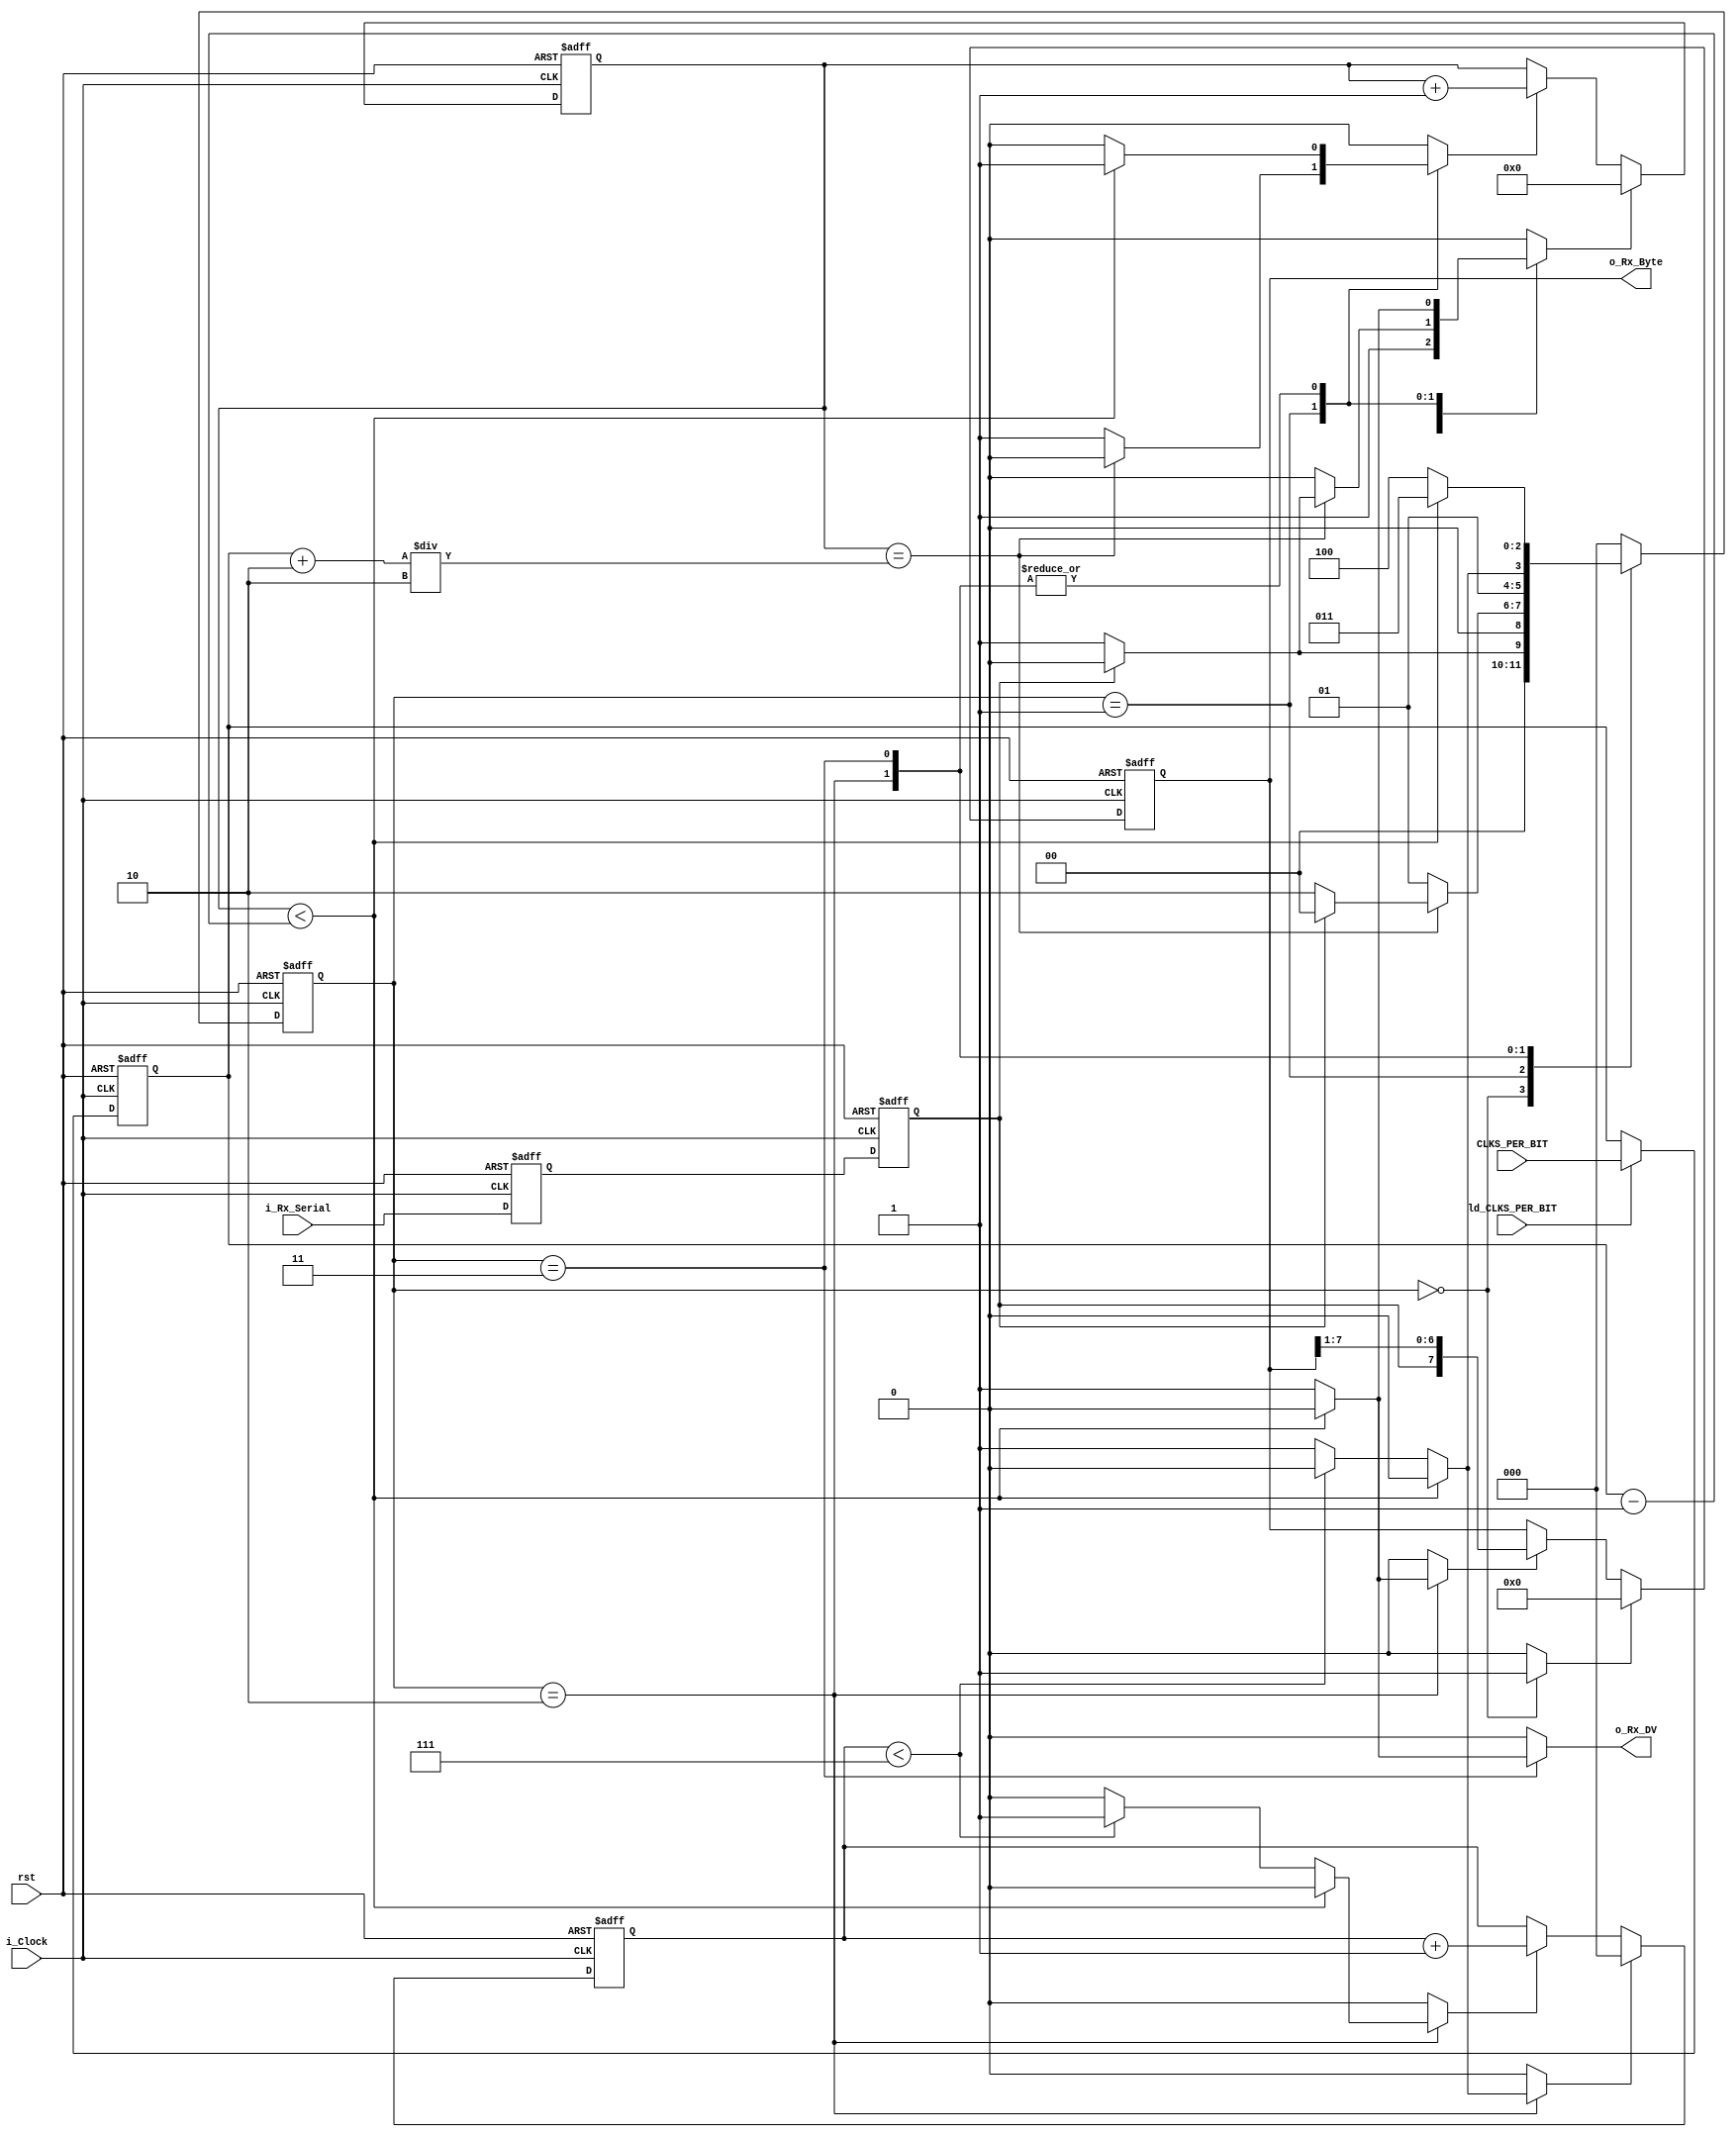
`timescale 1ns/1ns

`define s_IDLE         3'b000
`define s_RX_START_BIT 3'b001
`define s_RX_DATA_BITS 3'b010
`define s_RX_STOP_BIT  3'b011
`define s_CLEANUP      3'b100

module uart_rx (
    input [31:0] CLKS_PER_BIT,
    input        ld_CLKS_PER_BIT,
    input        i_Clock,
    input        rst,
    input        i_Rx_Serial, // serial rx port
    output       o_Rx_DV, // it is issued when one receiving is compeleted for one cycle
    output [7:0] o_Rx_Byte
);

  reg           r_Rx_Data_R;
  reg           r_Rx_Data;

  reg [31:0]     r_Clock_Count;
  reg [2:0]     r_Bit_Index; //8 bits total
  reg [7:0]     r_Rx_Byte;
  reg           r_Rx_DV;
  reg [2:0]     ps, ns;

  reg [31:0]   CLKS_PER_BIT_s;

    always @(posedge i_Clock, posedge rst) begin
        if(rst)
            CLKS_PER_BIT_s <= 0;
        else if(ld_CLKS_PER_BIT)
            CLKS_PER_BIT_s <= CLKS_PER_BIT;
        else
            CLKS_PER_BIT_s <= CLKS_PER_BIT_s;
    end

  // Purpose: Double-register the incoming data.
  // This allows it to be used in the UART RX Clock Domain.
  // (It removes problems caused by metastability)
    always @(posedge i_Clock, posedge rst) begin
        if(rst) begin
            r_Rx_Data_R <= 0;
            r_Rx_Data   <= 0;
        end
        else begin
            r_Rx_Data_R <= i_Rx_Serial;
            r_Rx_Data   <= r_Rx_Data_R;
        end
    end

    reg initRcounter;
    reg incRcounter;
    always @(posedge i_Clock, posedge rst) begin
        if(rst) begin
                r_Clock_Count <= 0;
        end
        else if (initRcounter) begin
                r_Clock_Count <= 0;
        end
        else if (incRcounter) begin
                r_Clock_Count <= r_Clock_Count + 1'b1;
        end
        else
            r_Clock_Count <= r_Clock_Count;
    end

    reg initIcounter;
    reg incIcounter;
    always @(posedge i_Clock, posedge rst) begin
        if(rst) begin
			r_Bit_Index <= 0;
        end
        else if (initIcounter) begin
            r_Bit_Index <= 0;
        end
        else if (incIcounter) begin
            r_Bit_Index <= r_Bit_Index + 1'b1;
        end
        else
            r_Bit_Index <= r_Bit_Index;
    end
    reg initRxByte, ldRxByte;
    always @(posedge i_Clock, posedge rst) begin
        if(rst) begin
			r_Rx_Byte <= 0;
        end
        else if (initRxByte) begin
            r_Rx_Byte <= 0;
        end
        else if (ldRxByte) begin
            r_Rx_Byte <= {r_Rx_Data, r_Rx_Byte[7:1]};
        end
        else
            r_Rx_Byte <= r_Rx_Byte;
    end


    always @(posedge i_Clock, posedge rst) begin
        if(rst)
            ps <= `s_IDLE;
        else
            ps <= ns;
    end

  // Purpose: Control RX state machine
    always @(ps, r_Rx_Data, r_Clock_Count) begin
        ns            <= `s_IDLE;
        r_Rx_DV       <= 1'b0;
        initRcounter  <= 1'b0;
        incRcounter   <= 1'b0;
        initIcounter  <= 1'b0;
        incIcounter   <= 1'b0;
        initRxByte <= 0; ldRxByte <= 0;
        case (ps)
            `s_IDLE : begin
                initRxByte <= 1;
                initRcounter  <= 1'b1;
                incRcounter   <= 1'b0;
                if (r_Rx_Data == 1'b0)          // Start bit detected
                    ns <= `s_RX_START_BIT;
                else
                    ns <= `s_IDLE;
            end

            // Check middle of start bit to make sure it's still low
            `s_RX_START_BIT : begin
                if (r_Clock_Count == (CLKS_PER_BIT_s+2)/2) begin
                    if (r_Rx_Data == 1'b0) begin
                        initRcounter  <= 1'b1;  // reset counter, found the middle
                        ns            <= `s_RX_DATA_BITS;
                    end
                    else
                        ns <= `s_IDLE;
                end
                else begin
                    incRcounter   <= 1'b1;
                    ns            <= `s_RX_START_BIT;
                end
            end // case: `s_RX_START_BIT


            // Wait CLKS_PER_BIT_s-1 clock cycles to sample serial data
            `s_RX_DATA_BITS : begin
                if ((r_Clock_Count < CLKS_PER_BIT_s-1)) begin
                    incRcounter   <= 1'b1;
                    ns            <= `s_RX_DATA_BITS;
                end
                else begin
                    initRcounter  <= 1'b1;
                    ldRxByte <= 1'b1;
                        // Check if we have received all bits
                     if (r_Bit_Index < 7) begin
                        incIcounter   <= 1'b1;
                        ns            <= `s_RX_DATA_BITS;
                    end
                    else begin
                        initIcounter  <= 1'b1;
                        ns            <= `s_RX_STOP_BIT;
                    end
                end
            end // case: `s_RX_DATA_BITS


            // Receive Stop bit.  Stop bit = 1
            `s_RX_STOP_BIT : begin
                // Wait CLKS_PER_BIT_s-1 clock cycles for Stop bit to finish
                if ((r_Clock_Count < CLKS_PER_BIT_s-1)) begin
                        incRcounter   <= 1'b1;
                        ns            <= `s_RX_STOP_BIT;
                end
                else begin
                    r_Rx_DV       <= 1'b1;
                    initRcounter  <= 1'b1;
                    ns            <= `s_CLEANUP;
                end
            end // case: `s_RX_STOP_BIT


            // Stay here 1 clock
            `s_CLEANUP : begin
                ns        <= `s_IDLE;
                r_Rx_DV   <= 1'b0;
            end


            default :
                ns <= `s_IDLE;
        endcase

    end

    assign o_Rx_DV   = r_Rx_DV;
    assign o_Rx_Byte = r_Rx_Byte;

endmodule // uart_rx